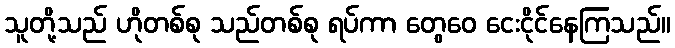
သူတို့သည် ဟိုတစ်စု သည်တစ်စု ရပ်ကာ တွေဝေ ငေးငိုင်နေကြသည်။